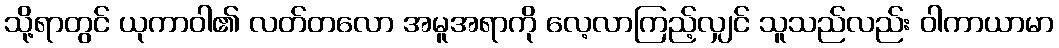
သို့ရာတွင် ယုကာဝါ၏ လတ်တလော အမူအရာကို လေ့လာကြည့်လျှင် သူသည်လည်း ဝါကာယာမာ